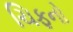
ચિફનો